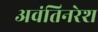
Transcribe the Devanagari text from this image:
अवंतिनरेश